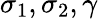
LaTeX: \sigma_{1},\sigma_{2},\gamma